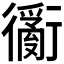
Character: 𲀢